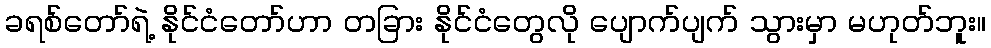
ခရစ်တော်ရဲ့ နိုင်ငံတော်ဟာ တခြား နိုင်ငံတွေလို ပျောက်ပျက် သွားမှာ မဟုတ်ဘူး။